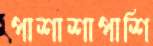
পাশাশাপাশি